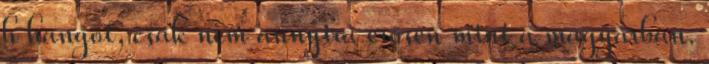
h hangot, csak nem annyira erősen mint a magyarban.